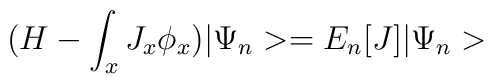
(H-\int_x J_x \phi_x)|\Psi_n>=E_n[J]|\Psi_n>